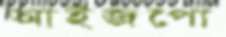
আইজপো